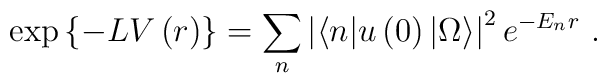
\exp{\left\{-L V\left(r \right)\right\}}= \sum _{n}\left|\langle n|u\left(0\right)|\Omega\rangle  \right|^{2}e^{-E_{n}  r} \ .